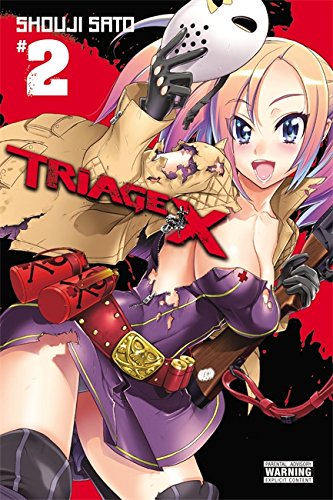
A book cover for Triage X, Vol. 2; Comics & Graphic Novels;